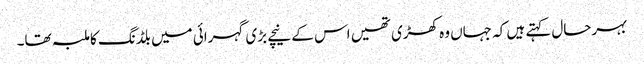
بہرحال کہتے ہیں کہ جہاں وہ کھڑی تھیں اس کے نیچے بڑی گہرائی میں بلڈنگ کا ملبہ تھا۔